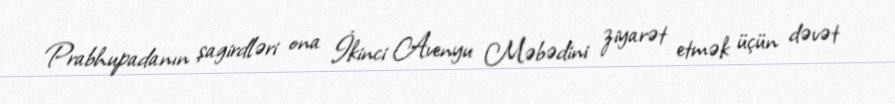
Prabhupadanın şagirdləri ona İkinci Avenyu Məbədini ziyarət etmək üçün dəvət